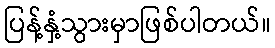
ပြန့်နှံ့သွားမှာဖြစ်ပါတယ်။